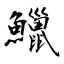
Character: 鱲